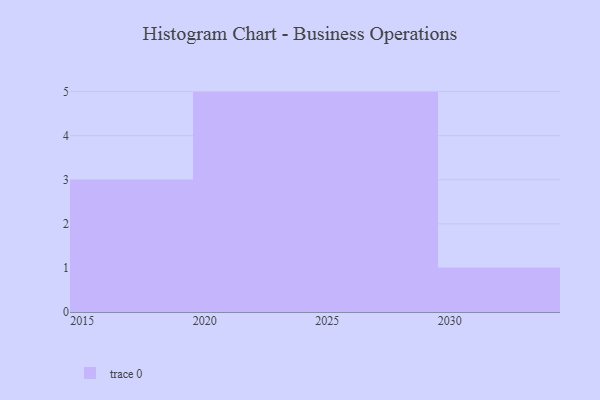
{"axis": {"x": "Year", "y": "Operating Costs (USD K)"}, "legend": [""], "data": [{"x": "2024", "y": 99, "type": ""}, {"x": "2019", "y": 4, "type": ""}, {"x": "2026", "y": 82, "type": ""}, {"x": "2021", "y": 91, "type": ""}, {"x": "2015", "y": 65, "type": ""}, {"x": "2022", "y": 40, "type": ""}, {"x": "2023", "y": 37, "type": ""}, {"x": "2028", "y": 46, "type": ""}, {"x": "2018", "y": 98, "type": ""}, {"x": "2029", "y": 56, "type": ""}, {"x": "2025", "y": 75, "type": ""}, {"x": "2030", "y": 37, "type": ""}, {"x": "2020", "y": 3, "type": ""}, {"x": "2027", "y": 23, "type": ""}]}